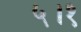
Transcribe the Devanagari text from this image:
५।१